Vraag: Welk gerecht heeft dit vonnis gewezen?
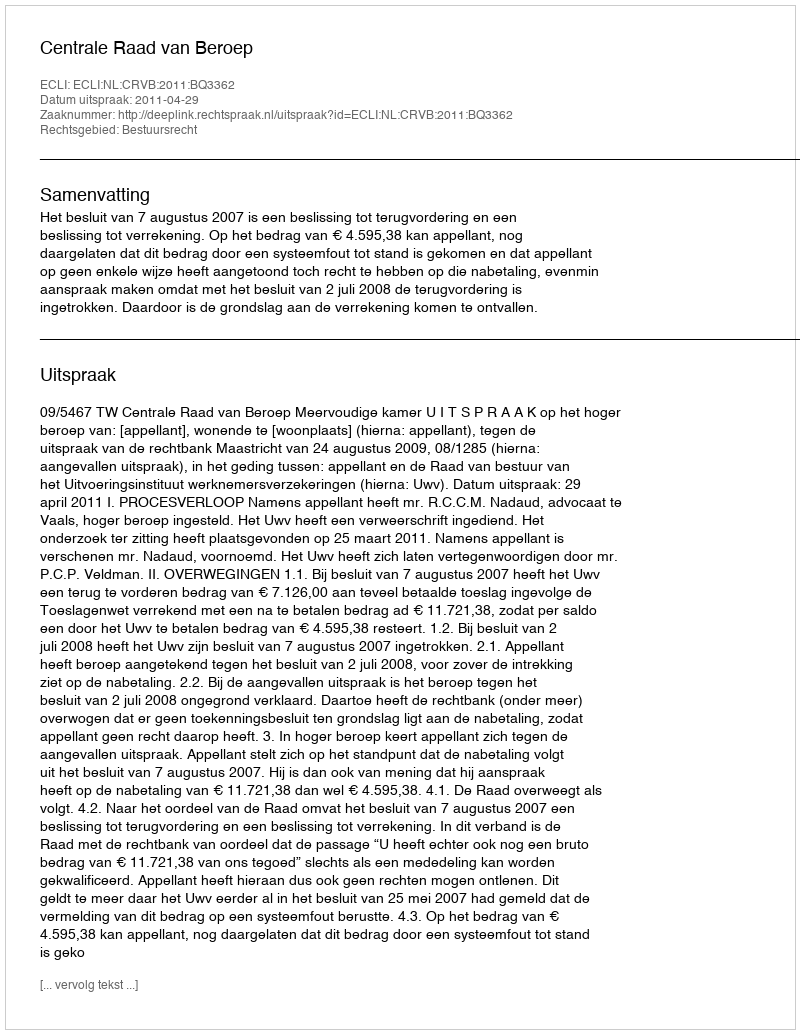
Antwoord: Centrale Raad van Beroep